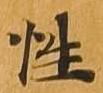
性